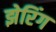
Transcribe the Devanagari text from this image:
झेरिंग